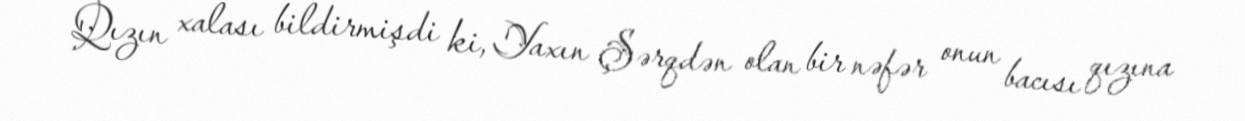
Qızın xalası bildirmişdi ki, Yaxın Şərqdən olan bir nəfər onun bacısı qızına